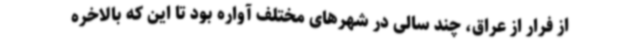
از فرار از عراق، چند سالی در شهرهای مختلف آواره بود تا این که بالاخره